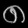
Digit: ၈